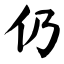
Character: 仍